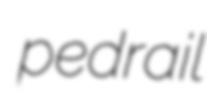
pedrail